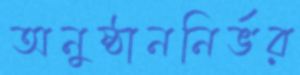
অনুষ্ঠাননির্ভর